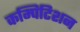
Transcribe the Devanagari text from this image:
कम्पिटिशन